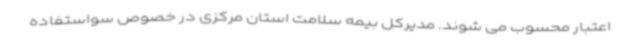
اعتبار محسوب می شوند. مدیرکل بیمه سلامت استان مرکزی در خصوص سواستفاده